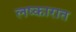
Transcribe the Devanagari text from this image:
लष्कारात